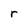
Character: r